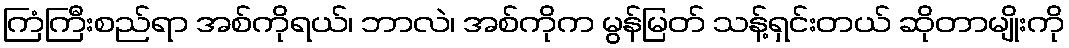
ကြံကြီးစည်ရာ အစ်ကိုရယ်၊ ဘာလဲ၊ အစ်ကိုက မွန်မြတ် သန့်ရှင်းတယ် ဆိုတာမျိုးကို